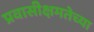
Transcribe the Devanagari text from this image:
प्रवासीक्षमतेच्या